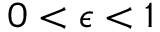
0 < \epsilon < 1